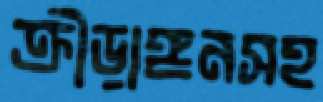
ক্রীড়াঙ্গনসহ